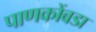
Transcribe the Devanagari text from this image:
पाणकोंबडा